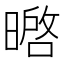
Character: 㬖